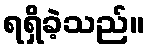
ရရှိခဲ့သည်။